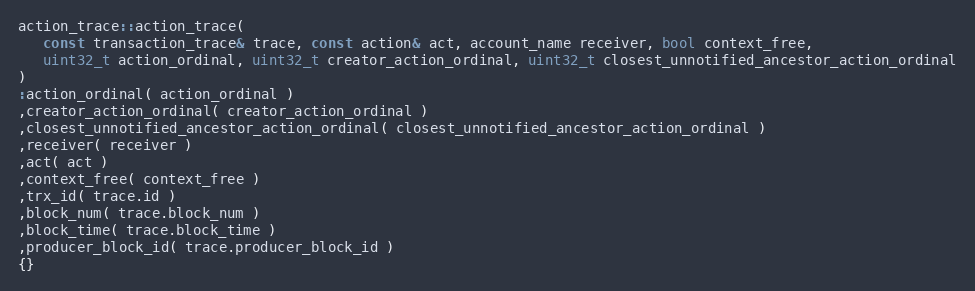
Language: C++
action_trace::action_trace(
   const transaction_trace& trace, const action& act, account_name receiver, bool context_free,
   uint32_t action_ordinal, uint32_t creator_action_ordinal, uint32_t closest_unnotified_ancestor_action_ordinal
)
:action_ordinal( action_ordinal )
,creator_action_ordinal( creator_action_ordinal )
,closest_unnotified_ancestor_action_ordinal( closest_unnotified_ancestor_action_ordinal )
,receiver( receiver )
,act( act )
,context_free( context_free )
,trx_id( trace.id )
,block_num( trace.block_num )
,block_time( trace.block_time )
,producer_block_id( trace.producer_block_id )
{}